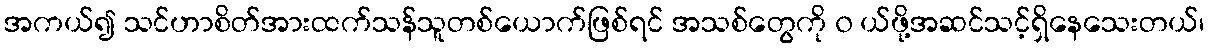
အကယ်၍ သင်ဟာစိတ်အားထက်သန်သူတစ်ယောက်ဖြစ်ရင် အသစ်တွေကို ၀ ယ်ဖို့အဆင်သင့်ရှိနေသေးတယ်၊